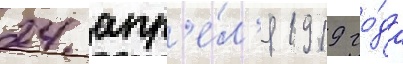
24 апр'е́л'я 1919 го́да